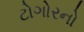
ટોગોરનો